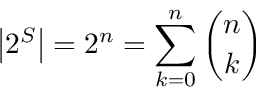
\left| 2 ^ { S } \right| = 2 ^ { n } = \sum _ { k = 0 } ^ { n } { \binom { n } { k } }